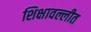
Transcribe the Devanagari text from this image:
शिक्षावल्लीत